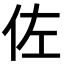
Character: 佐